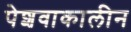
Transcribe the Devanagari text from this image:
पेशवाकालीन